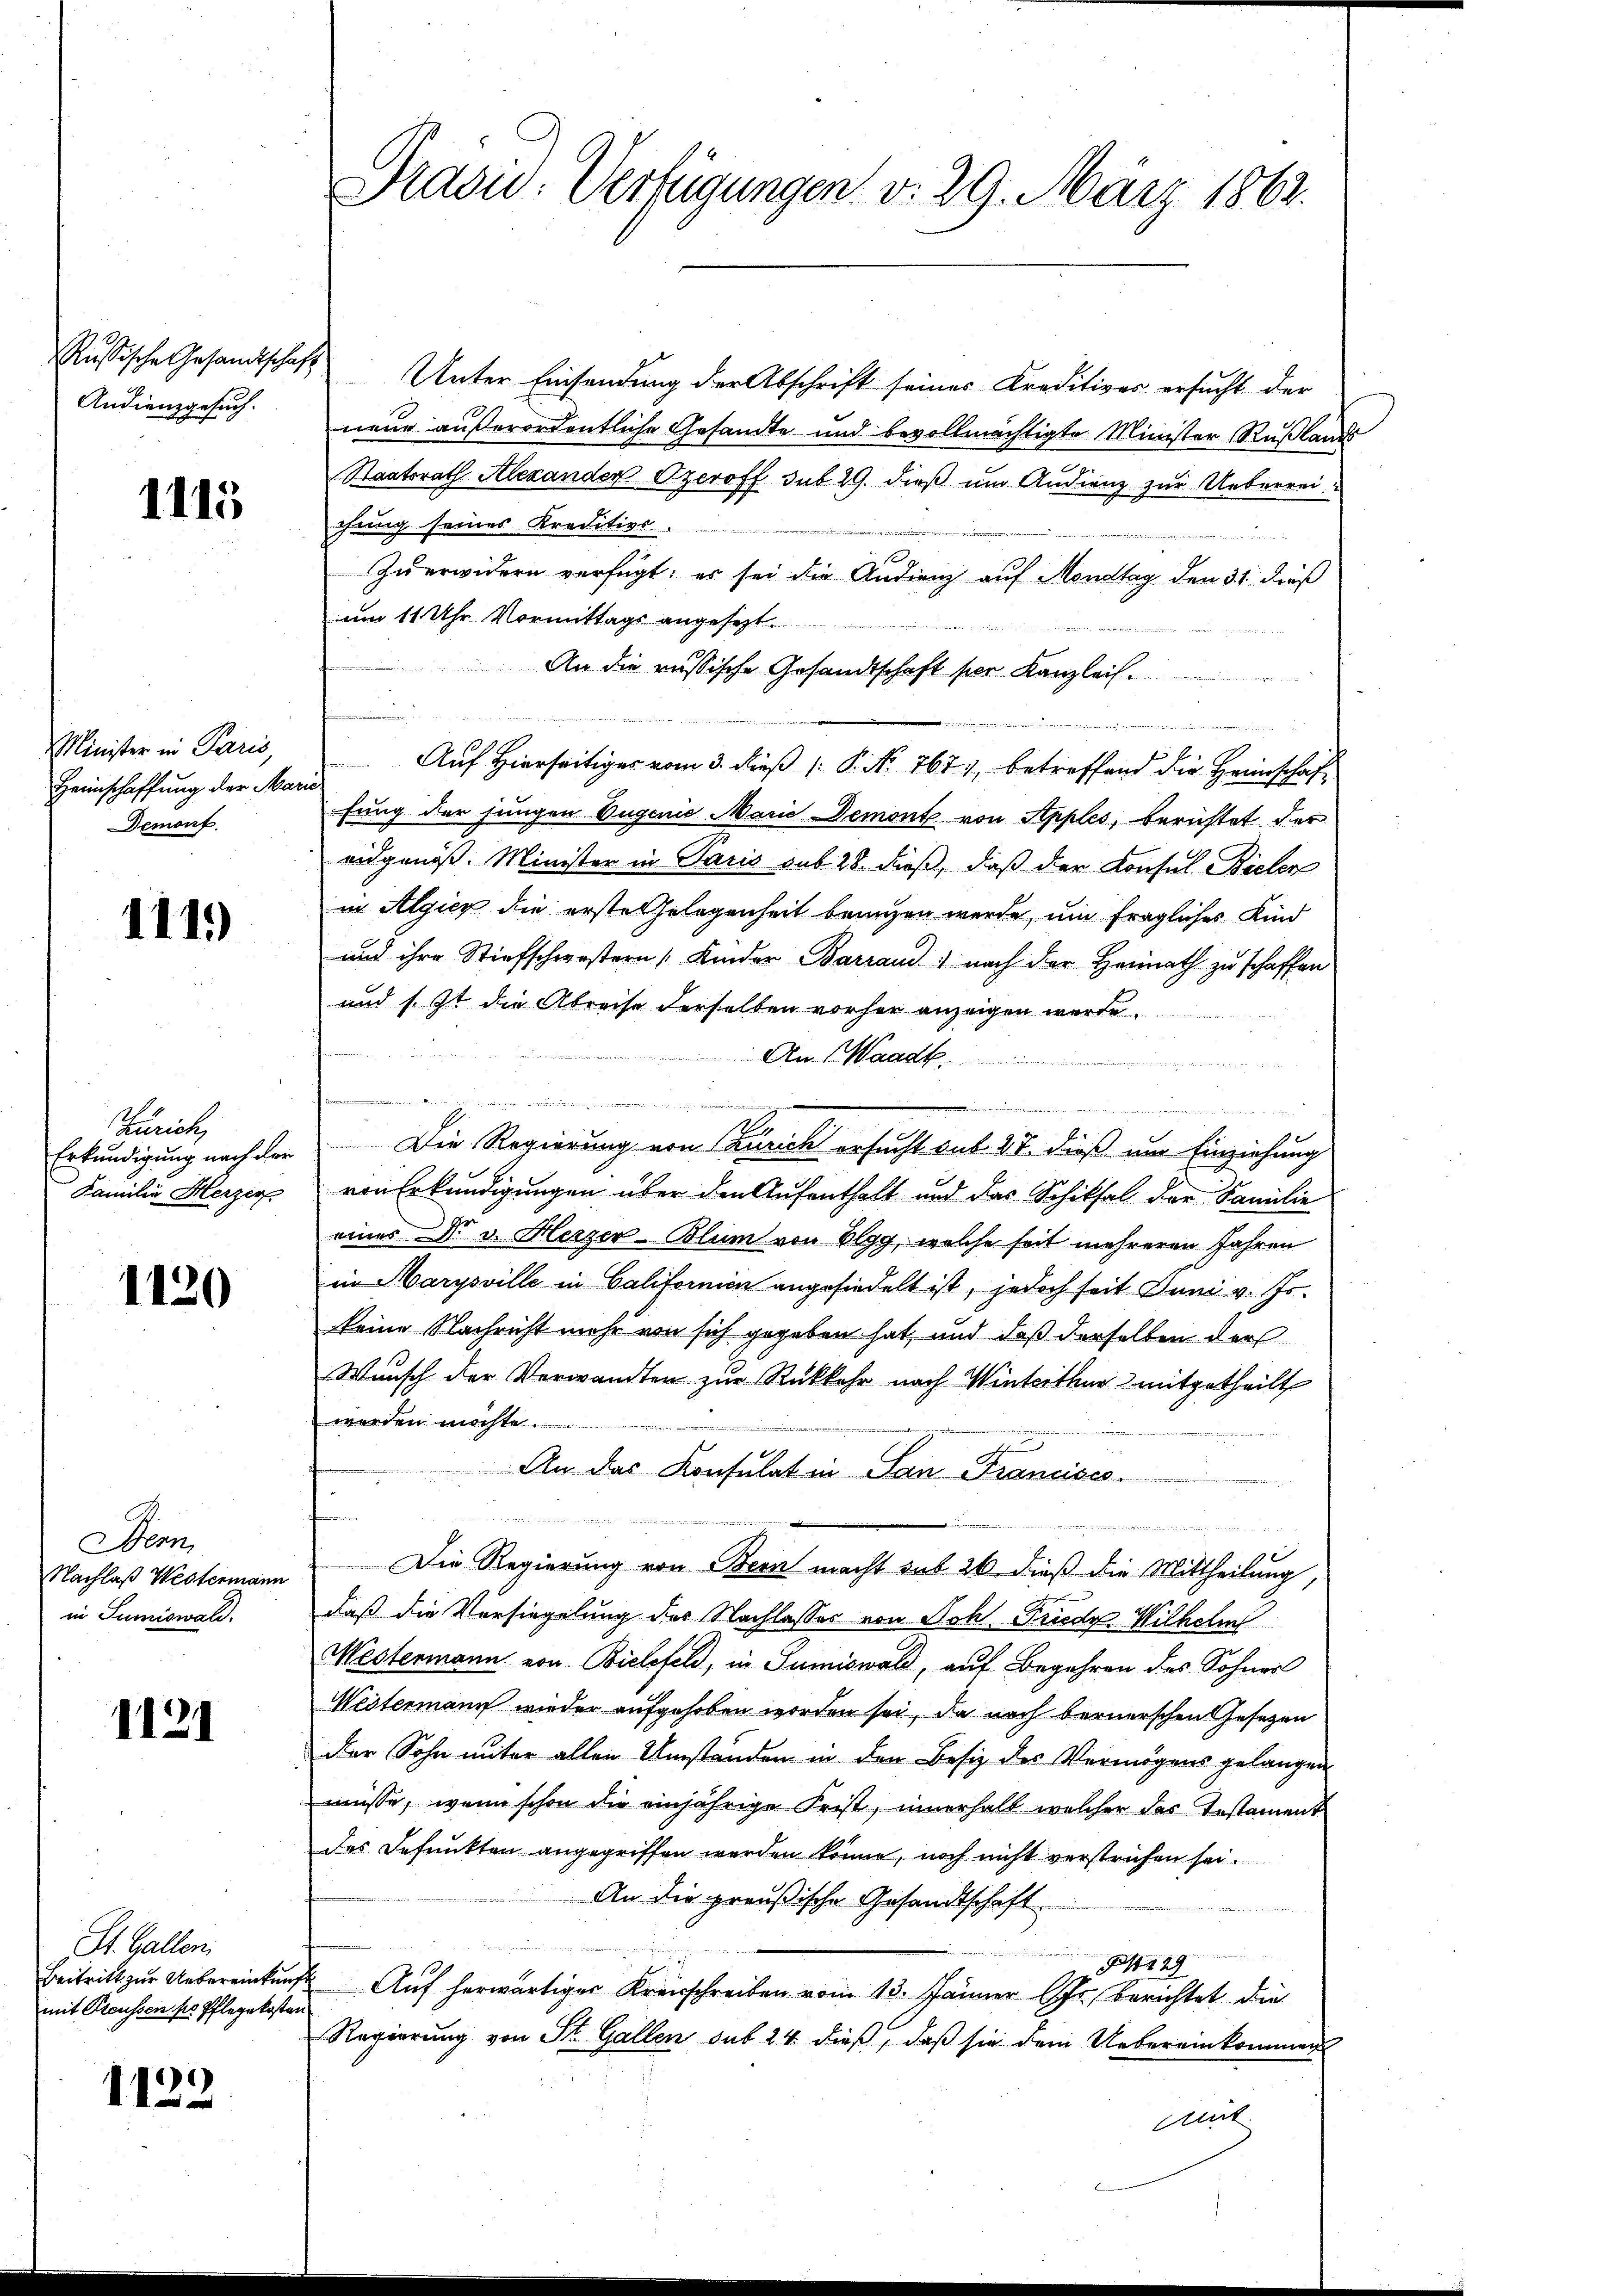
Russische Gesandtschaft
Andienzgesuch.

1115

Minister in Paris,
Heimschaffung der Mariel
Demont.

1119

Kunisch
Familie Herzer

1120

Dem
Nachlaß Westermann
in Sumiswald.

1121

St. Gallen.
mit Preussen so Pflegekosten

1123

Frasw: Verfügungen d. 29. März 1862.

Unter Einsendung der Abschrift seines Kreditives ersucht der
1
neue außerordentliche Gesandte und bevollmächtigte Minister Rußlande
Staatsrath Alexander Czeroff sub 29. dieß um Audienz zur Ueberreichung seines Kreditios.
Zuerwidern verfügt: es sei die Audienz auf Montag den 31. dieß
am 11 Uhr Vormittags angesetzt
An die russische Gesandtschaft ser Kanzlei.
d
Auf Hierseitiger vom 3. dieß (: P. N. 767), betreffend die Heimschaffung der jungen Eugenie Marie Demont von Apples, berichtet der
eidgenöß. Minister in Paris auf 28 dieß, daß der Konsul Bielen
in Algicz die erste Gelegenheit branzen werde, um fragliches Kind
und ihre Stiefschwestern (Kinder Barrand) nach der Heimath zu schaffen
und s. Zt. die Abreise derselben vorher anzeigen werde.
An (Waadt.

u
 in der einen de
Erkundigung nach der Die Regierung von Zürich ersucht sub 27. dieß um Einziehung
von Erkundigungen über den Aufenthalt und das Schiksal der Familie
eines Dr. v. Herzer-Blum von Elgg, welche seit mehreren Jahren
in Harysville in Californien angesiedelt ist, jedoch seit Juni v. Js.
keine Nachricht mehr von sich gegeben hat, und daß derselben der
Wunsch der Verwandten zur Rückkehr nach Winterthur mitgetheilt
werden möchte.
An das Konsulat in San Francisc
u
e
n
Die Regierung von Bern macht sub 26. dieß die Mittheilung,
g
daß die Versiegelung der Nachlasses von Joh. Friede Wilhelm
Westermann von Bielefeld, in Sumiswald, auf Begehren des Sohner
Weitermann wieder aufgehoben worden sei, da nach bernerschen Gesetzen
der Sohn unter allen Umständen in den Besiz des Vermögens gelangen
müsse, wenn schon die einjährige Frist, innerhalb welcher das Testament
des Befunkten angegriffen werden könne, noch nicht verstrichen sei.
An die preußische Gesandtschaft

2
Beitritt zur Uebereinkunft Auf herwärtiger Kreisschreiben vom 13. Jänner Fr. berichtet die
Regierung von St. Gallen sub 24 dieß, daß sie dem Uebereinkommen
it